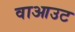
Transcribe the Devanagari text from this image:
वाआउट